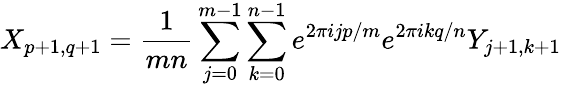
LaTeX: X_{p+1,q+1}=\frac{1}{mn}\sum_{j=0}^{m-1}\sum_{k=0}^{n-1}e^{2\pi ijp/m}e^{2\pi ikq/n}Y_{j+1,k+1}